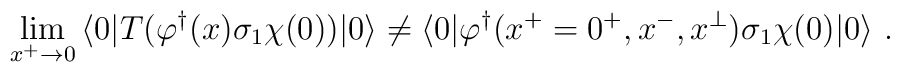
\lim_{x^{+}\rightarrow 0}\, \langle 0|T (\varphi ^{\dagger}(x)\sigma_{1} \chi(0) ) | 0 \rangle \neq\langle 0 | \varphi ^{\dagger} (x^{+} = 0^{+}, x^{-}, x^{\perp} )\sigma_{1} \chi(0)  | 0 \rangle \ .